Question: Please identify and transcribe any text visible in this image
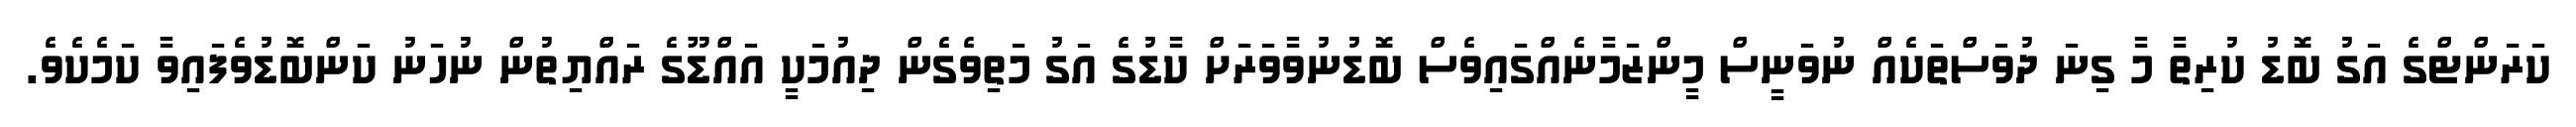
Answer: ކަރަންޓްގެ އަގު ބޮޑު ކުރިތާ މާ ގިނަ ދުވަސްތަކެއް ނުވަނީސް މީންޒަމާނެއްގައިވެސް ބޮޑުނުވާވަރަށް ކާޑުގެ އަގު މަތިވެގެން ދިއުމަކީ އައްޑޫގެ ރައްޔިތުން ނުހަނު ކަންބޮޑުވެފައިވާ ކަމެކެވެ.